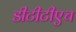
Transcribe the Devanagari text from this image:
डीटीटीएच